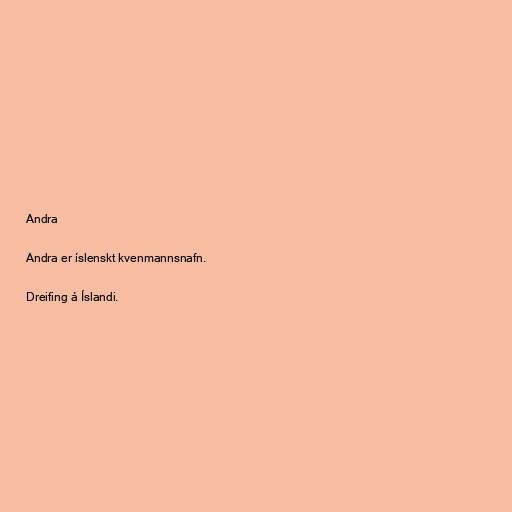
Andra

Andra er íslenskt kvenmannsnafn.

Dreifing á Íslandi.